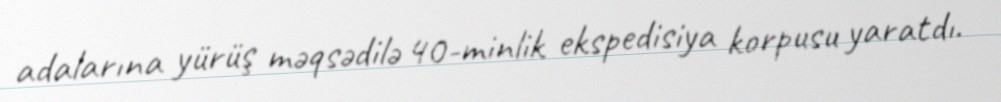
adalarına yürüş məqsədilə 40-minlik ekspedisiya korpusu yaratdı.